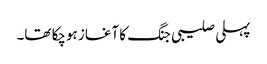
پہلی صلیبی جنگ کا آغاز ہوچکا تھا۔